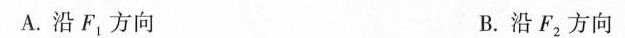
A.沿F_{1}方向 B.沿F_{2}方向